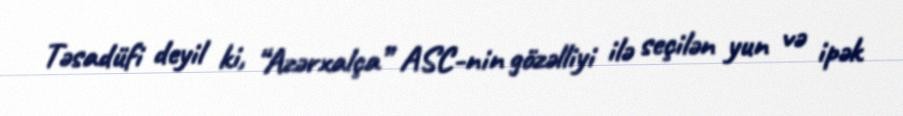
Təsadüfi deyil ki, “Azərxalça” ASC-nin gözəlliyi ilə seçilən yun və ipək